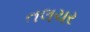
તલચર